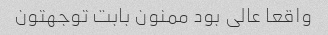
واقعا عالی بود ممنون بابت توجهتون